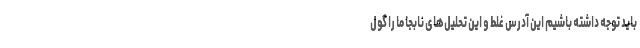
باید توجه داشته باشیم این آدرس غلط و این تحلیل‌های نابجا ما را گول